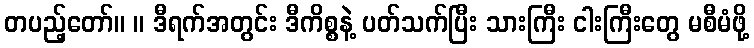
တပည့်တော်။ ။ ဒီရက်အတွင်း ဒီကိစ္စနဲ့ ပတ်သက်ပြီး သားကြီး ငါးကြီးတွေ မစီမံဖို့